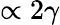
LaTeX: \propto 2\gamma